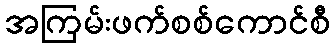
အကြမ်းဖက်စစ်ကောင်စီ